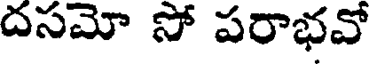
దసమో సో పరాభవో